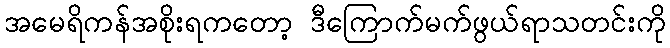
အမေရိကန်အစိုးရကတော့ ဒီကြောက်မက်ဖွယ်ရာသတင်းကို